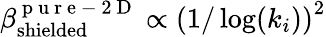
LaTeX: \beta_{\mathrm{shielded}}^{\mathrm{~p~u~r~e~-~2~D~}}\propto\left(1/\log(k_{i})\right)^{2}